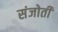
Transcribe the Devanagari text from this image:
संजोती